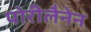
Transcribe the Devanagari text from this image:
पोरीलैनेन